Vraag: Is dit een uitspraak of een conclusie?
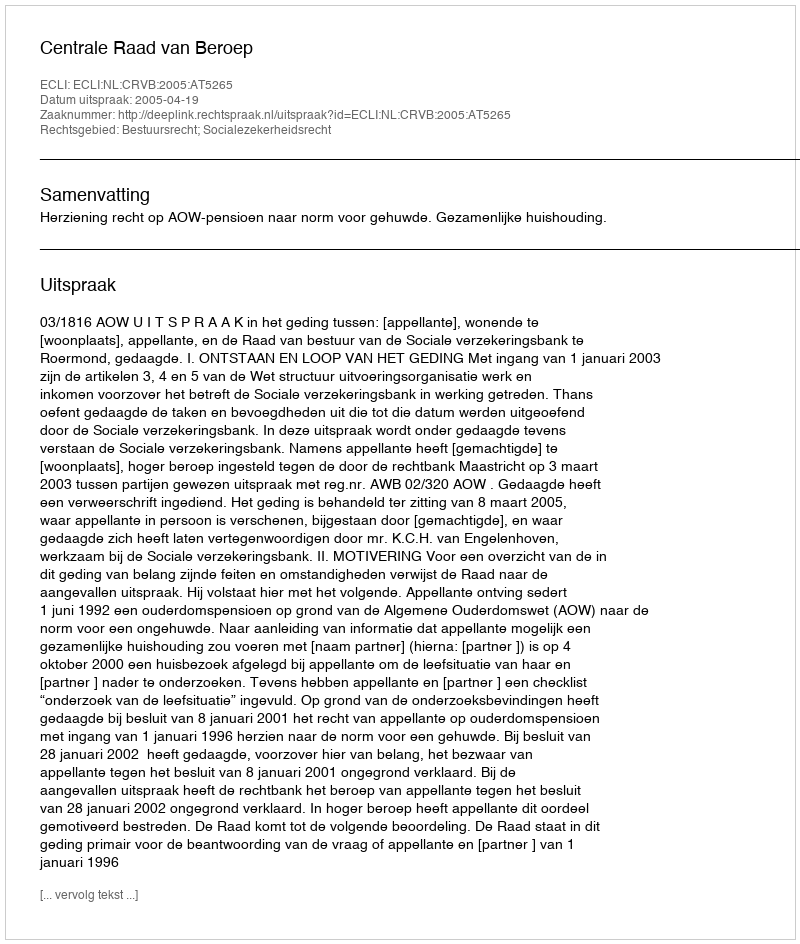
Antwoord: Uitspraak